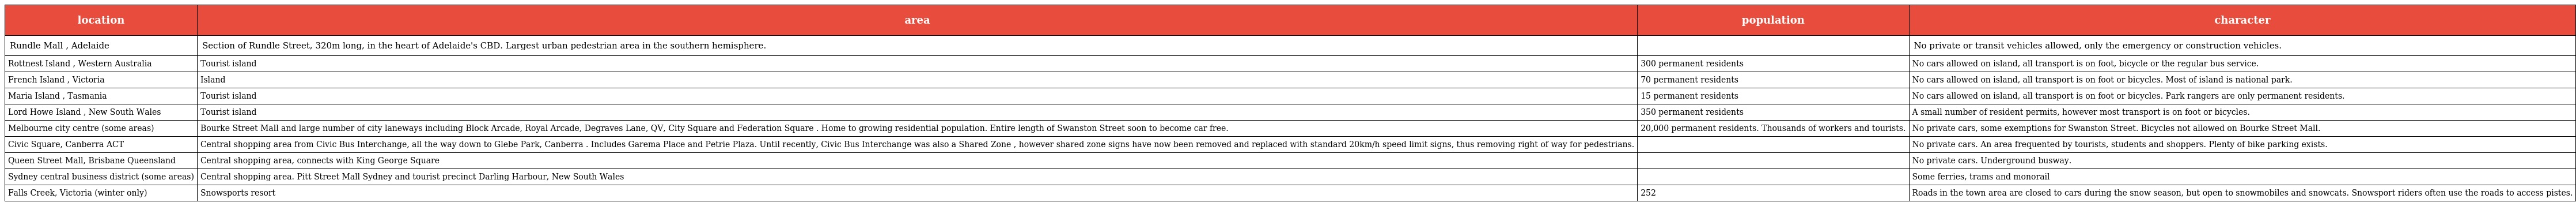
| location | area | population | character |
 | --- | --- | --- | --- |
 | Rundle Mall , Adelaide | Section of Rundle Street, 320m long, in the heart of Adelaide's CBD. Largest urban pedestrian area in the southern hemisphere. |  | No private or transit vehicles allowed, only the emergency or construction vehicles. |
 | Rottnest Island , Western Australia | Tourist island | 300 permanent residents | No cars allowed on island, all transport is on foot, bicycle or the regular bus service. |
 | French Island , Victoria | Island | 70 permanent residents | No cars allowed on island, all transport is on foot or bicycles. Most of island is national park. |
 | Maria Island , Tasmania | Tourist island | 15 permanent residents | No cars allowed on island, all transport is on foot or bicycles. Park rangers are only permanent residents. |
 | Lord Howe Island , New South Wales | Tourist island | 350 permanent residents | A small number of resident permits, however most transport is on foot or bicycles. |
 | Melbourne city centre (some areas) | Bourke Street Mall and large number of city laneways including Block Arcade, Royal Arcade, Degraves Lane, QV, City Square and Federation Square . Home to growing residential population. Entire length of Swanston Street soon to become car free. | 20,000 permanent residents. Thousands of workers and tourists. | No private cars, some exemptions for Swanston Street. Bicycles not allowed on Bourke Street Mall. |
 | Civic Square, Canberra ACT | Central shopping area from Civic Bus Interchange, all the way down to Glebe Park, Canberra . Includes Garema Place and Petrie Plaza. Until recently, Civic Bus Interchange was also a Shared Zone , however shared zone signs have now been removed and replaced with standard 20km/h speed limit signs, thus removing right of way for pedestrians. |  | No private cars. An area frequented by tourists, students and shoppers. Plenty of bike parking exists. |
 | Queen Street Mall, Brisbane Queensland | Central shopping area, connects with King George Square |  | No private cars. Underground busway. |
 | Sydney central business district (some areas) | Central shopping area. Pitt Street Mall Sydney and tourist precinct Darling Harbour, New South Wales |  | Some ferries, trams and monorail |
 | Falls Creek, Victoria (winter only) | Snowsports resort | 252 | Roads in the town area are closed to cars during the snow season, but open to snowmobiles and snowcats. Snowsport riders often use the roads to access pistes. |